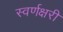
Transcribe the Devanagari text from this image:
स्वर्णक्षरी